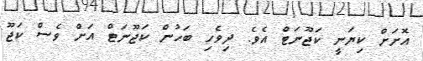
އޮށަށް ކިޔަނީ ކަޖޫނަޓް އެވެ. ދިވެހި ބަހުން ކަޖޫނަޓް އަށް ވެސް ކަޖޫ